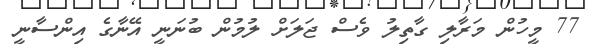
77 މީހުން މަރާލި ގާތިލު ވެސް ޖަލަށް ލުމުން ބުނަނީ އޭނާގެ އިންސާނީ